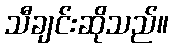
သီချင်းဆိုသည်။